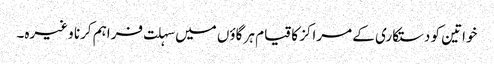
خواتین کو دستکاری کے مراکز کا قیام ہر گاؤں میں سہلت فراہم کرنا وغیرہ۔